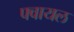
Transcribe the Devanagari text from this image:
फ्वायल